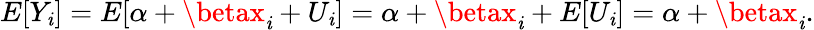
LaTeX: E[Y_{\mathit{i}}]=E[\alpha+\betax_{\mathit{i}}+U_{\mathit{i}}]=\alpha+\betax_{\mathit{i}}+E[U_{\mathit{i}}]=\alpha+\betax_{\mathit{i}}.